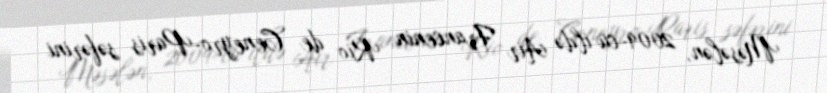
Məsələn, 2009-cu ildə Air Francenin Rio de Ceneyro-Paris səfərini